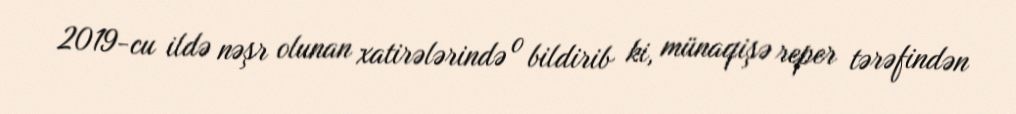
2019-cu ildə nəşr olunan xatirələrində o bildirib ki, münaqişə reper tərəfindən